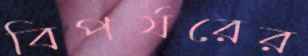
বিপর্যরের